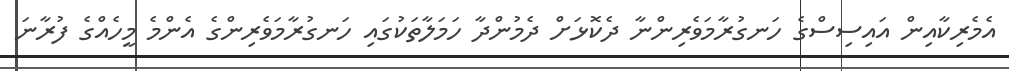
އެމެރިކާއިން އައިސިސްގެ ހަނގުރާމަވެރިންނާ ދެކޮޅަށް ދެމުންދާ ހަމަލާތަކުގައި ހަނގުރާމަވެރިންގެ އެންމެ މީހެއްގެ ފުރާނަ